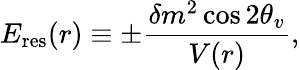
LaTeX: E_{\mathrm{res}}(r)\equiv\pm\frac{\delta m^{2}\cos 2\theta_{v}}{V(r)},